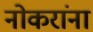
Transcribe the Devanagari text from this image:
नोकरांना